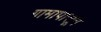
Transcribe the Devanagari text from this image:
गामापासून